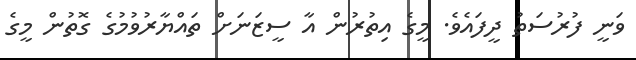
ވަނީ ފުރުސަތު ދީފައެވެ. މީގެ އިތުރުން އާ ސީޒަނަށް ތައްޔާރުވުމުގެ ގޮތުން މީގެ